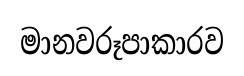
මානවරූපාකාරව